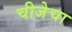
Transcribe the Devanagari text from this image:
चीजेचा